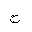
Letter: _ha